Report of cholera committee
Disease focus: Cholera
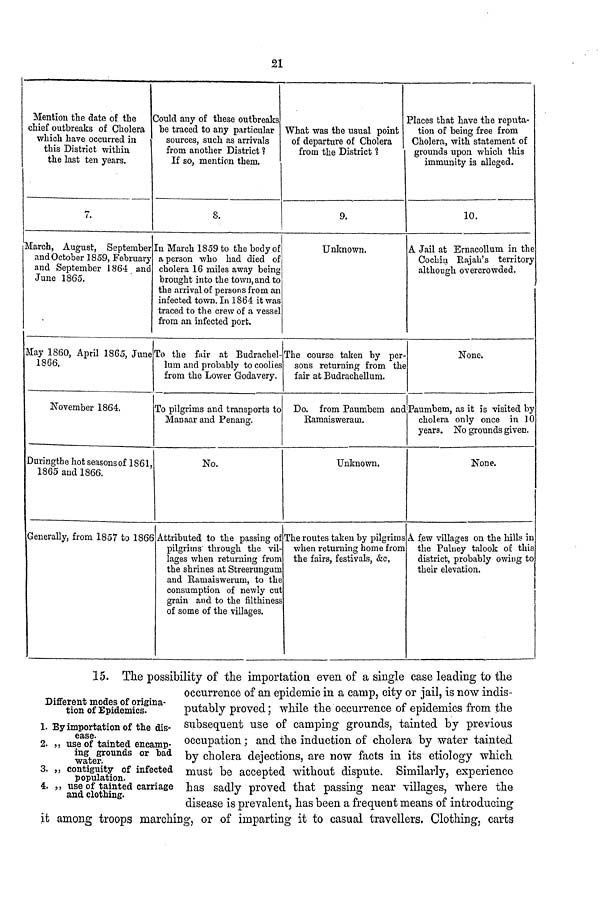
21
Mention the date of the
chief outbreaks of Cholera
which have occurred in
this District within
the last ten years.
7.
March, August, September
and October 1859, February
and September 1864 and
June 1865.
May 1860, April 1865, June
1866.
November 1864.
Duringthe hot seasons of 1861,
1865 and 1866.
Generally, from 1857 to 186€
Could any of these outbreaks
be traced to any particular
sources, such as arrivals
from another District ?
If so, mention them.
8.
In March 1859 to the body of
a person who had died of
cholera 16 miles away being
brought into the town, and to
the arrival of persons from an
infected town. In 1864 it was
traced to the crew of a vessel
from an infected port.
Co the fair at Budrachel-
lum and probably to coolies
from the Lower Godavery.
To pilgrims and transports to
Manaar and Penang.
No.
> Attributed to the passing of
pilgrims through the vil-
lages when returning from
the shrines at Streerungum
and Ramaiswerum, to the
consumption of newly cut
grain and to the filthiness
of some of the villages.
What was the usual point
of departure of Cholera
from the District ?
9.
Unknown.
The course taken by per-
sons returning from the
fair at Budrachellum.
Do. from Paumbem and
Ramaisweram.
Unknown.
The routes taken by pilgrims
when returning home from
the fairs, festivals, &c,
Places that have the reputa-
tion of being free from
Cholera, with statement of
grounds upon which this
immunity is alleged.
10.
A Jail at Ernacollum in the
Cochin Rajah's territory
although overcrowded.
None.
Paumbem, as it is visited by
cholera only once in 10
years. No grounds given.
None.
A few villages on the hills in
the Pulney talook of this
district, probably owing to
their elevation.
Different modes of origina-
tion of Epidemics.
1. By importation of the dis-
ease.
2. ,, use of tainted encamp-
ing grounds or bad
water.
3. ,, contiguity of infected
population.
4. ,, use of tainted carriage
and clothing.
15. The possibility of the importation even of a single case leading to the
occurrence of an epidemic in a camp, city or jail, is now indis-
putably proved; while the occurrence of epidemics from the
subsequent use of camping grounds, tainted by previous
occupation; and the induction of cholera by water tainted
by cholera dejections, are now facts in its etiology which
must be accepted without dispute. Similarly, experience
has sadly proved that passing near villages, where the
disease is prevalent, has been a frequent means of introducing
it among troops marching, or of imparting it to casual travellers. Clothing, carts